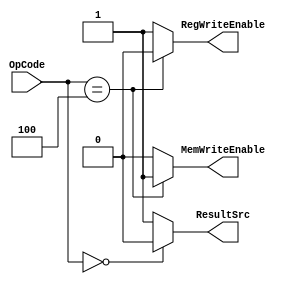
module control_unit(
    input [2:0] OpCode, 
    output reg RegWriteEnable, MemWriteEnable, ResultSrc
);

    // Assign RegWrite
	always @(*) begin
		case(OpCode)
			3'b100: RegWriteEnable <= 1'b0; // STORE Instr
			default: RegWriteEnable <= 1'b1;
		endcase
	end

    // Assign MemWrite
	always @(*) begin
		case(OpCode)
			3'b100: MemWriteEnable <= 1'b1; // STORE Instr
			default: MemWriteEnable <= 1'b0;
		endcase
	end

	// Assign ResultSrc
	always @(*) begin
		case(OpCode)
			3'b000: ResultSrc <= 1'b0; // From Data Memory
			default: ResultSrc <= 1'b1; // From ALU
		endcase
	end

endmodule